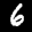
Label: 6